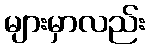
များမှာလည်း